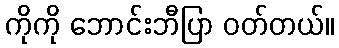
ကိုကို ဘောင်းဘီပြာ ဝတ်တယ်။